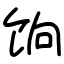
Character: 饷